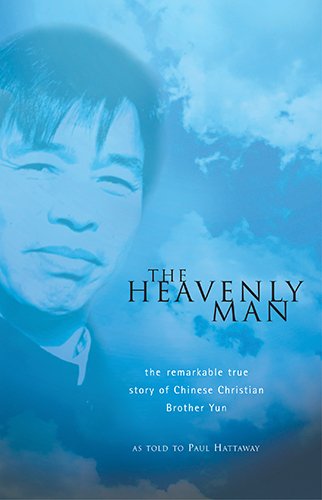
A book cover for The Heavenly Man: The Remarkable True Story of Chinese Christian Brother Yun; Brother Yun; Biographies & Memoirs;